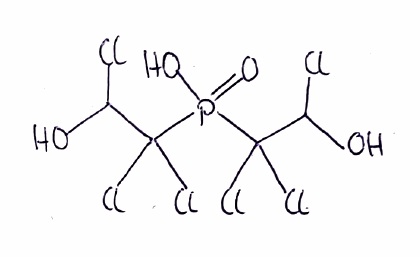
Simplified molecular-input line-entry system (SMILES) notation of the given molecule:
C(C(P(=O)(C(C(O)Cl)(Cl)Cl)O)(Cl)Cl)(O)Cl